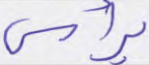
برأس